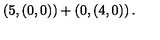
\left( 5 , \left( 0 , 0 \right) \right) + \left( 0 , \left( 4 , 0 \right) \right) .